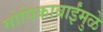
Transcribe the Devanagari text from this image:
गोपिकाबाईंमुळे